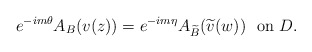
\begin{align*} e^{-im\theta}A_B(v(z))=e^{-im\eta}A_{\widetilde B}(\widetilde v(w))\ \ \mbox{on $D$}.\end{align*}